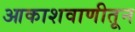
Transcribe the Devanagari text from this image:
आकाशवाणीतून